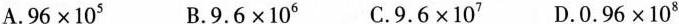
A.$$96×10_{5} $$ B.$$ 9.6 × 10_{6} $$ C.$$ 9.6 × 10_{7} $$ D. $$0.96 × 10_{8} $$